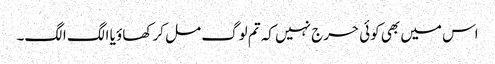
اس میں بھی کوئی حرج نہیں کہ تم لوگ مل کر کھاؤ یا الگ الگ۔